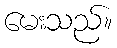
မေးသည်။